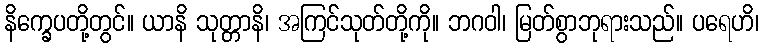
နိက္ခေပတို့တွင်။ ယာနိ သုတ္တာနိ၊ အကြင်သုတ်တို့ကို။ ဘဂဝါ၊ မြတ်စွာဘုရားသည်။ ပရေဟိ၊